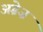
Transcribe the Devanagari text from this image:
अग्रेज़